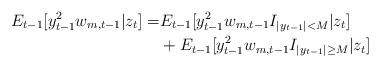
LaTeX: \begin{align*}E_{t-1}[y^2_{t-1}w_{m,t-1}|z_t]= &E_{t-1}[y^2_{t-1}w_{m,t-1}I_{|y_{t-1}|<M}|z_t]\\&+E_{t-1}[y^2_{t-1}w_{m,t-1}I_{|y_{t-1}|\geq M}|z_t]\end{align*}